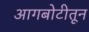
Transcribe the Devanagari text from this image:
आगबोटीतून